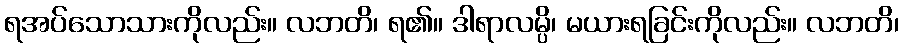
ရအပ်သောသားကိုလည်း။ လဘတိ၊ ရ၏။ ဒါရာလမ္ပိ၊ မယားရခြင်းကိုလည်း။ လဘတိ၊